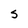
Character: S